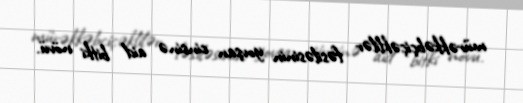
mürəkkəbçiçəklilər fəsiləsinin yovşan cinsinə aid bitki növü.